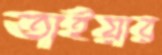
তাইয়ার